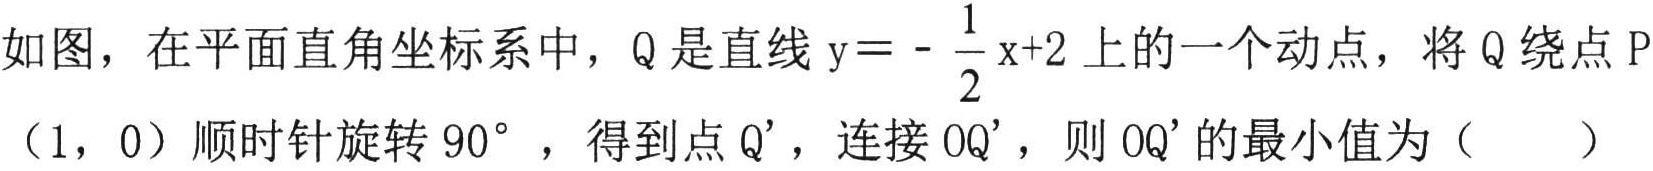
如图，在平面直角坐标系中，Q 是直线 \(y = -\frac{1}{2}x + 2\) 上的一个动点，将 Q 绕点 P（1，0）顺时针旋转 \(90^{\circ}\)，得到点 Q'，连接 OQ'，则 OQ' 的最小值为（  ）